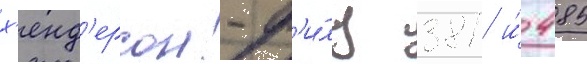
х'енд'ерсон-ф'и́лд 381 и́ 485